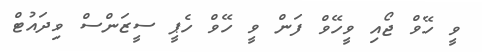
ވީ ހޭވް ޖޯއި ވީހޭވް ފަން ވީ ހޭވް ހެޕީ ސީޒަންްސް ވިދައުޓް